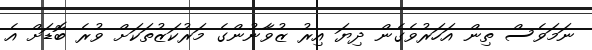
ނަމަވެސް ތިން އަހަރުވެގެން ދިޔަ އިރު ޒުވާނުންގެ މަރުކަޒުތަކަށް ވުރެ ބޮޑަށް އެ